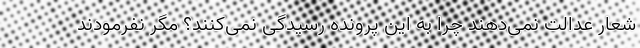
شعار عدالت نمی‌دهند چرا به این پرونده رسیدگی نمی‌کنند؟ مگر نفرمودند